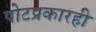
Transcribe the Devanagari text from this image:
पोटप्रकारही